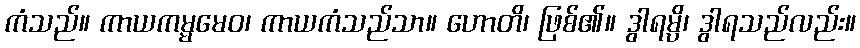
ကံသည်။ ကာယကမ္မမေဝ၊ ကာယကံသည်သာ။ ဟောတိ၊ ဖြစ်၏။ ဒွါရမ္ပိ၊ ဒွါရသည်လည်း။